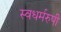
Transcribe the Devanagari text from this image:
स्वधर्मरुपी